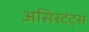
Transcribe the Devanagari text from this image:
असिस्टंट्स